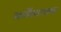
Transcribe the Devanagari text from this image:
कर्वेंसारख्या